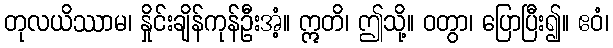
တုလယိဿာမ၊ နှိုင်းချိန်ကုန်ဦးအံ့။ ဣတိ၊ ဤသို့။ ဝတွာ၊ ပြောပြီး၍။ ဧဝံ၊